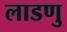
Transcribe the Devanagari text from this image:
लाडणु